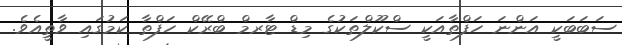
ސަބަބަކީ އަންނަ ހަފްތާއަކީ ސްކޫލްތަކުގެ މިޑް ޓާރމް ބްރޭކް ހަފްތާ ކަމުގައި ވާތީއެވެ.